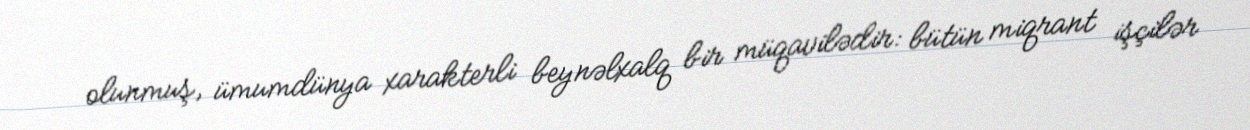
olunmuş, ümumdünya xarakterli beynəlxalq bir müqavilədir: bütün miqrant işçilər